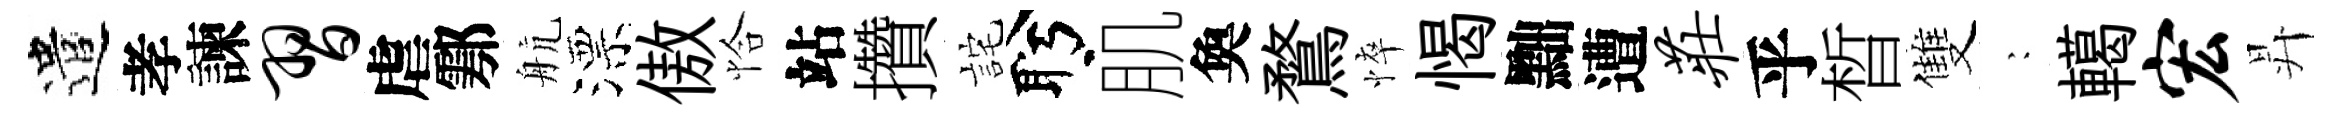
遣孝諫习虐鄠航漂傲恰站攢詫盻肌奐鶩悴愒黜遭庄乎晳雙巍轕宏昇